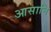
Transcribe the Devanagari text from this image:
आसानि